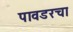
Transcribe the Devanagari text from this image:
पावडरचा